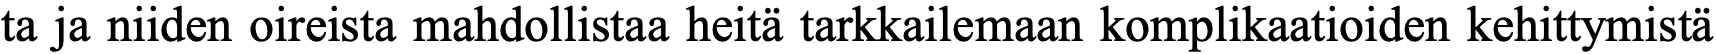
ta ja niiden oireista mahdollistaa heitä tarkkailemaan komplikaatioiden kehittymistä